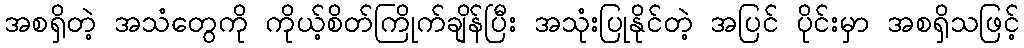
အစရှိတဲ့ အသံတွေကို ကိုယ့်စိတ်ကြိုက်ချိန်ပြီး အသုံးပြုနိုင်တဲ့ အပြင် ပိုင်းမှာ အစရှိသဖြင့်